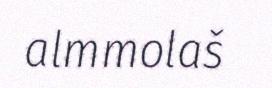
almmolaš